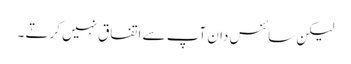
لیکن سائنس دان آپ سے اتفاق نہیں کرتے ۔